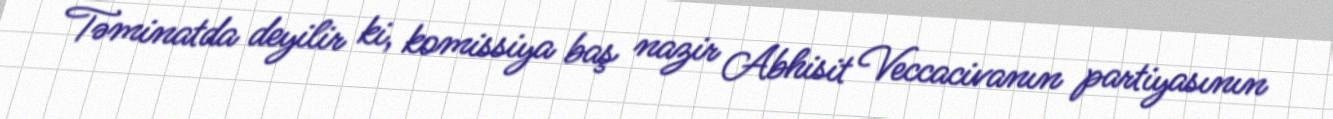
Təminatda deyilir ki, komissiya baş nazir Abhisit Veccacivanın partiyasının